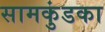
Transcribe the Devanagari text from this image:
सामकुंडका